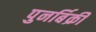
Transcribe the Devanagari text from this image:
पुनर्बिक्री